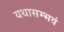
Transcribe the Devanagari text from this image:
यथासम्भवं